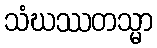
သံဃဿတသ္မာ